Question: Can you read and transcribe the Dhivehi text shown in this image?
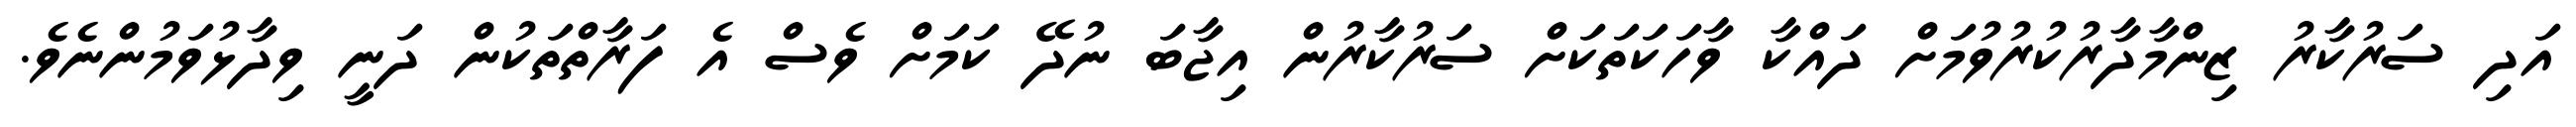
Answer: އަދި ސަރުކާރު ޒިންމާދާރުކުރުވުމަށް ދައްކާ ވާހަކަތަކަށް ސަރުކާރުން އިޖާބަ ނުދޭ ކަމަށް ވެސް އެ ފަރާތްތަކުން ދަނީ ވިދާޅުވަމުންނެވެ.